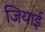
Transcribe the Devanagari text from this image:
जियाई